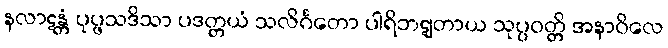
နလာဋန္တံ ပုပ္ဖသဒိသာ ပဒတ္တယံ သလိင်္ဂတော ပါရိဘဋျတာယ သုပ္ပဝတ္တိ အနာဝိလေ